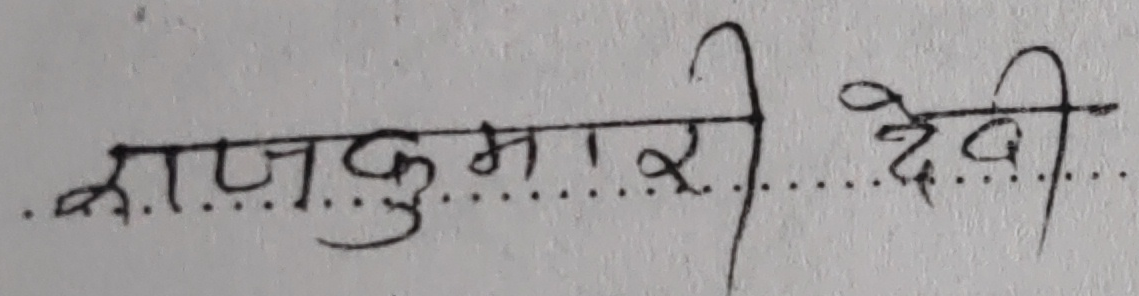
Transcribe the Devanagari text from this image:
राजकुमारी देवी